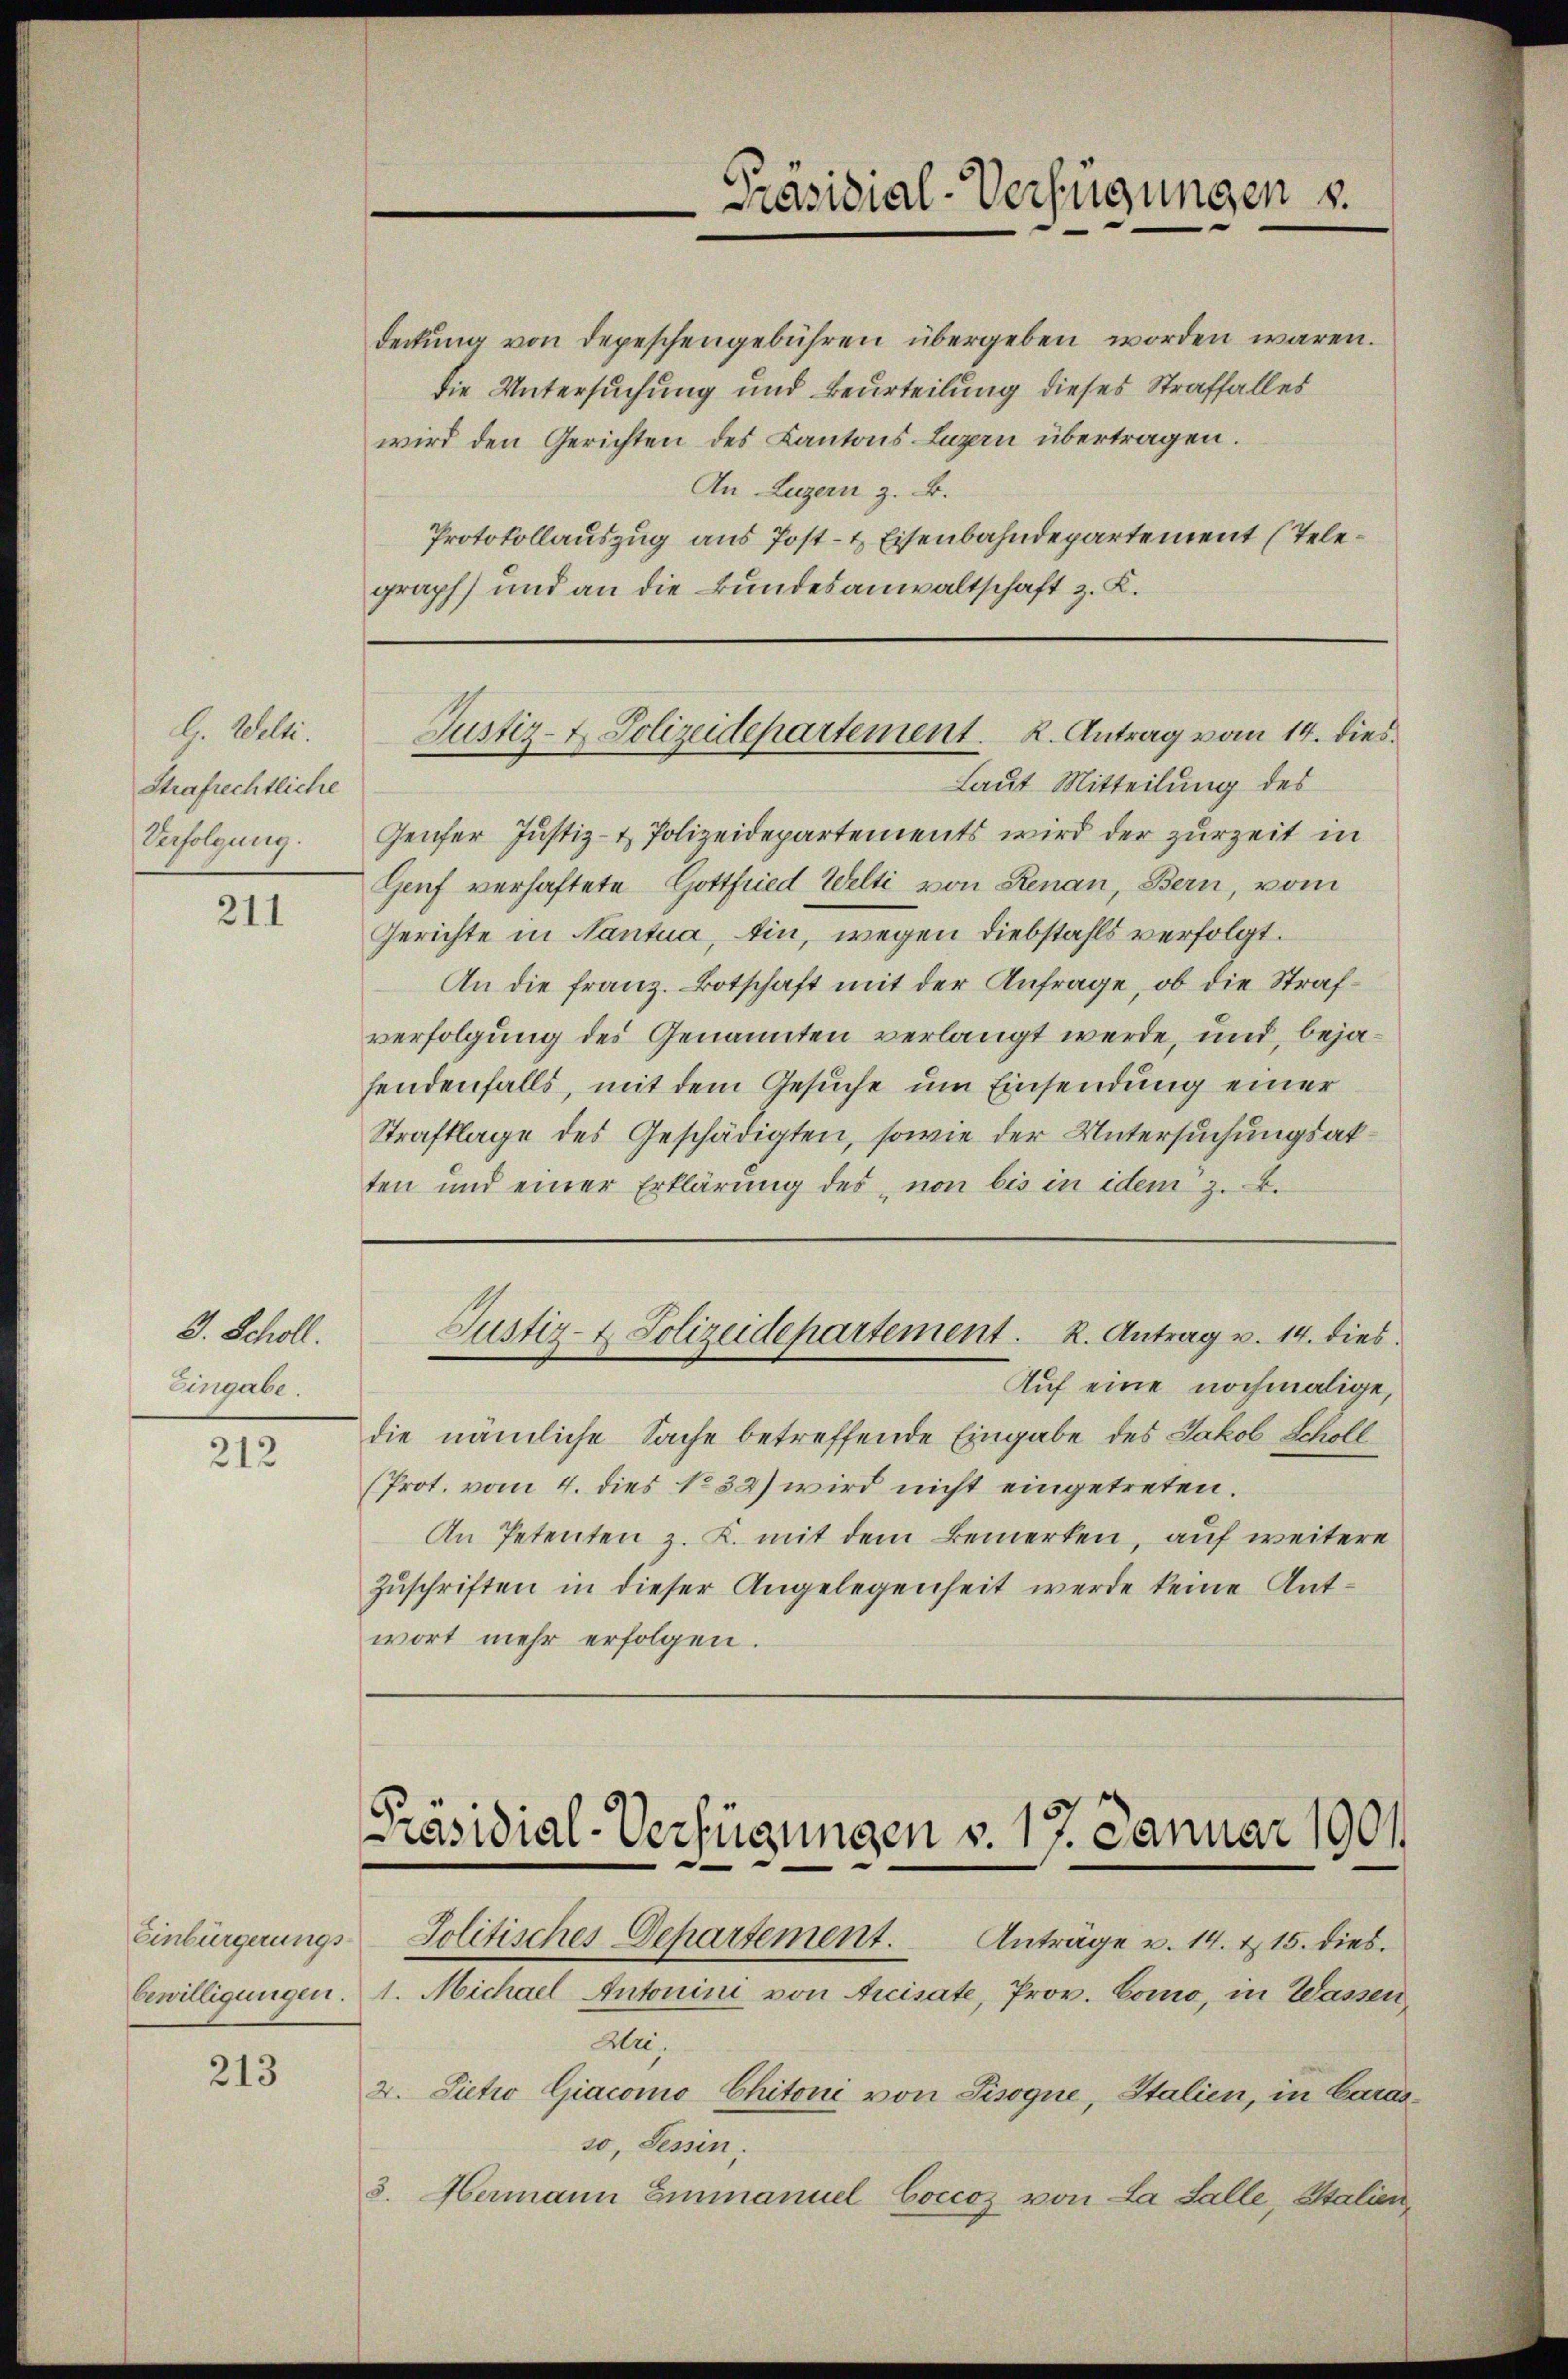
H. Welti.
Strafrechtliche
Verfolgung.

211

J. Scholl.
Eingabe.

212

Einbürgerungsbewilligungen.

213

deckung von depeschengebühren übergeben worden wären.
die Untersuchung und Beurteilung dieses Straffalles
wird den Gerichten des Kantons Luzern übertragen.
An Luzern z. B.
Protokollauszug aus Post- & Eisenbahndepartement (Telegraph) und an die Bundesanwaltschaft z. K.

Präsidial-Verfügungen u.

Justiz- & Polizeidepartement. K. Antrag vom 14. dies

Laut Mitteilung des
Genfer Justiz- & Polizeidepartements wird der zurzeit in
Genf verhaftete Gottfried Welti von Renau, Bern, vom
Gerichte in Nantua, bin, wegen Diebstahls verfolgt.
An die franz. Botschaft mit der Anfrage, ob die Strafverfolgung des Genannten verlangt werde, und bejahendenfalls, mit dem Gesuche um Einsendung einer
Strafklage des Geschädigten, sowie der Untersuchungsakten und einer Erklärung des von bis in idem z. B.
Justiz- & Polizeidepartement. R. Antrag v. 14. dies
Auf eine nochmalige,
die nämliche Sache betreffende Eingabe des Jakob Scholl
(Prot. vom 4. dies No 32) wird nicht eingetreten.
An Petenten z. K. mit dem Bemerken, auf weitere
Zuschriften in dieser Angelegenheit werde keine Antwort mehr erfolgen.

Präsidial-Verfügungen v. 17. Januar 1901

Jolitisches Departement.  Anträge u. 14. d. 15. dies
1. Michael Antonini von Accisate, Prov. Como, in Wassen
Wri
2. Sietio Giacomo Chitoni von Tisogne, Italien, in Carasso. Tessin.
8. Hermann Einmanuel Coccoz von La Salle, Italien,